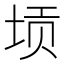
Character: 𱖭